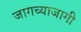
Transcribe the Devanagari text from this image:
जागच्याजागी